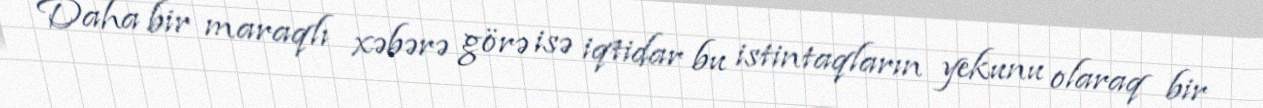
Daha bir maraqlı xəbərə görə isə iqtidar bu istintaqların yekunu olaraq bir